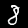
Label: 8